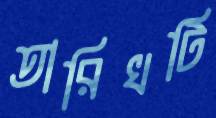
তারিখটি